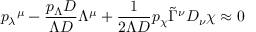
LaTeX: { p _ { \lambda } } ^ { \mu } - \frac { p _ { \Lambda } D } { \Lambda D } \Lambda ^ { \mu } + \frac 1 { 2 \Lambda D } p _ { \chi } \tilde { \Gamma } ^ { \nu } D _ { \nu } \chi \approx 0